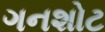
ગનશોટ